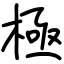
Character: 極